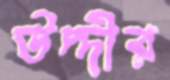
উদ্দীর